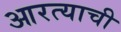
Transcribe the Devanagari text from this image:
आरत्याची